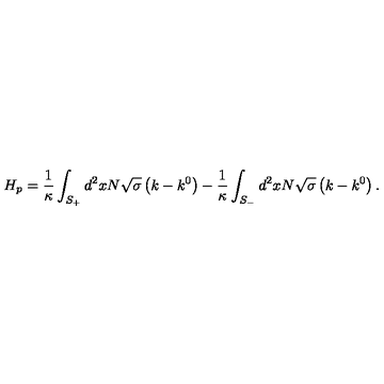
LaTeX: H _ { p } = \frac { 1 } { \kappa } \int _ { S _ { + } } ^ { { } } d ^ { 2 } x N \sqrt { \sigma } \left( k - k ^ { 0 } \right) - \frac { 1 } { \kappa } \int _ { S _ { - } } d ^ { 2 } x N \sqrt { \sigma } \left( k - k ^ { 0 } \right) .